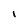
Character: I